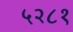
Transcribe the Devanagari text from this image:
५२८१